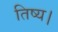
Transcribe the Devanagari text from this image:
तिष्य।